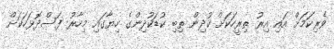
ވެރިކަމަށް އައި އިރު ތިރީހަކަށް ކުދިން ތިބި ކުޑަކުދިންގެ ހިޔާގައި މިހާރު ފަސްދޮޅަހަކަށް